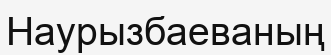
Наурызбаеваның